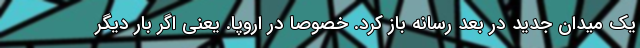
یک میدان جدید در بعد رسانه باز کرد. خصوصا در اروپا. یعنی اگر بار دیگر